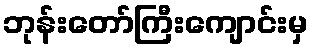
ဘုန်းတော်ကြီးကျောင်းမှ